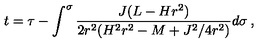
t = \tau - \int ^ { \sigma } \frac { J ( L - H r ^ { 2 } ) } { 2 r ^ { 2 } ( H ^ { 2 } r ^ { 2 } - M + J ^ { 2 } / 4 r ^ { 2 } ) } d \sigma \: ,